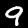
Label: 9